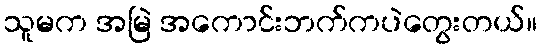
သူမက အမြဲ အကောင်းဘက်ကပဲတွေးတယ်။